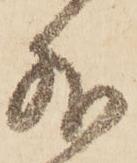
外